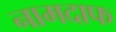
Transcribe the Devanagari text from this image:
नामदाफ